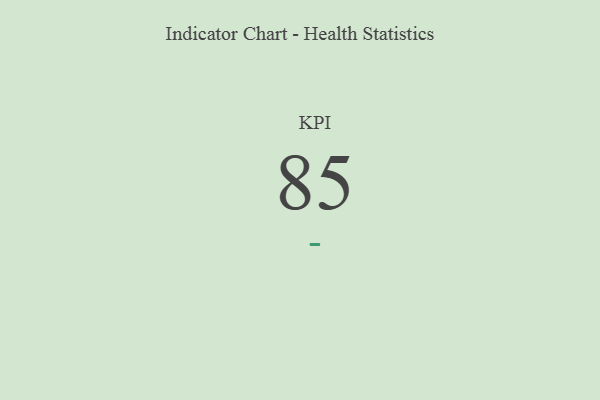
{"axis": {"x": "KPI", "y": "Value"}, "legend": [""], "data": [{"x": "KPI", "y": 85, "type": ""}]}